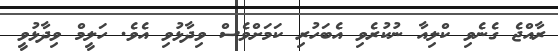
ރާއްޖެ ގެނެވި ކްލިއާ ނުކުރެވި އެބަހުރި ކަމަށްވެސް ވިދާޅުވި އެވެ. ހަލީމް ވިދާޅުވީ